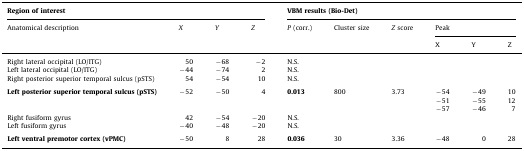
<table><thead><tr><td colspan="4"><b>Region of interest</b></td><td colspan="6"><b>VBM results (Bio-Det)</b></td></tr><tr><td rowspan="2"><b>Anatomical description</b></td><td rowspan="2"><b><i>X</i></b></td><td rowspan="2"><b><i>Y</i></b></td><td rowspan="2"><b><i>Z</i></b></td><td rowspan="2"><b><i>P</i> (corr.)</b></td><td rowspan="2"><b>Cluster size</b></td><td rowspan="2"><b><i>Z</i> score</b></td><td colspan="3"><b>Peak</b></td></tr><tr><td><b>X</b></td><td><b>Y</b></td><td><b>Z</b></td></tr></thead><tbody><tr><td>Right lateral occipital (LO/ITG)</td><td>50</td><td>−68</td><td>−2</td><td>N.S.</td><td></td><td></td><td></td><td></td><td></td></tr><tr><td>Left lateral occipital (LO/ITG)</td><td>−44</td><td>−74</td><td>2</td><td>N.S.</td><td></td><td></td><td></td><td></td><td></td></tr><tr><td>Right posterior superior temporal sulcus (pSTS)</td><td>54</td><td>−54</td><td>10</td><td>N.S.</td><td></td><td></td><td></td><td></td><td></td></tr><tr><td colspan="10">  </td></tr><tr><td rowspan="3"><b>Left posterior superior temporal sulcus (pSTS)</b></td><td>−52</td><td>−50</td><td>4</td><td><b>0.013</b></td><td>800</td><td>3.73</td><td>−54</td><td>−49</td><td>10</td></tr><tr><td></td><td></td><td></td><td></td><td></td><td></td><td>−51</td><td>−55</td><td>12</td></tr><tr><td></td><td></td><td></td><td></td><td></td><td></td><td>−57</td><td>−46</td><td>7</td></tr><tr><td>Right fusiform gyrus</td><td>42</td><td>−54</td><td>−20</td><td>N.S.</td><td></td><td></td><td></td><td></td><td></td></tr><tr><td>Left fusiform gyrus</td><td>−40</td><td>−48</td><td>−20</td><td>N.S.</td><td></td><td></td><td></td><td></td><td></td></tr><tr><td colspan="10">  </td></tr><tr><td><b>Left ventral premotor cortex (vPMC)</b></td><td>−50</td><td>8</td><td>28</td><td><b>0.036</b></td><td>30</td><td>3.36</td><td>−48</td><td>0</td><td>28</td></tr></tbody></table>